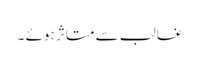
غالب سے متاثر ہوئے ۔